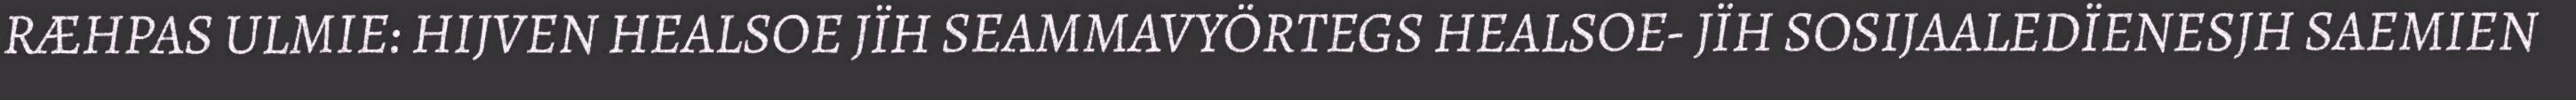
RÆHPAS ULMIE: HIJVEN HEALSOE JÏH SEAMMAVYÖRTEGS HEALSOE- JÏH SOSIJAALEDÏENESJH SAEMIEN